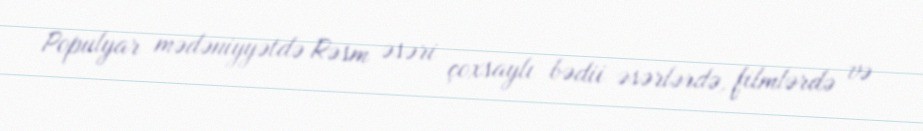
Populyar mədəniyyətdə Rəsm əsəri çoxsaylı bədii əsərlərdə, filmlərdə və